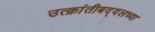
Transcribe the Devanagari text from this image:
उत्क्रांतीबद्दलच्या